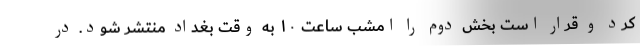
کرد و قرار است بخش دوم را امشب ساعت ۱۰ به وقت بغداد منتشر شود. در